Kihnu_vallavalitsus, lk 41
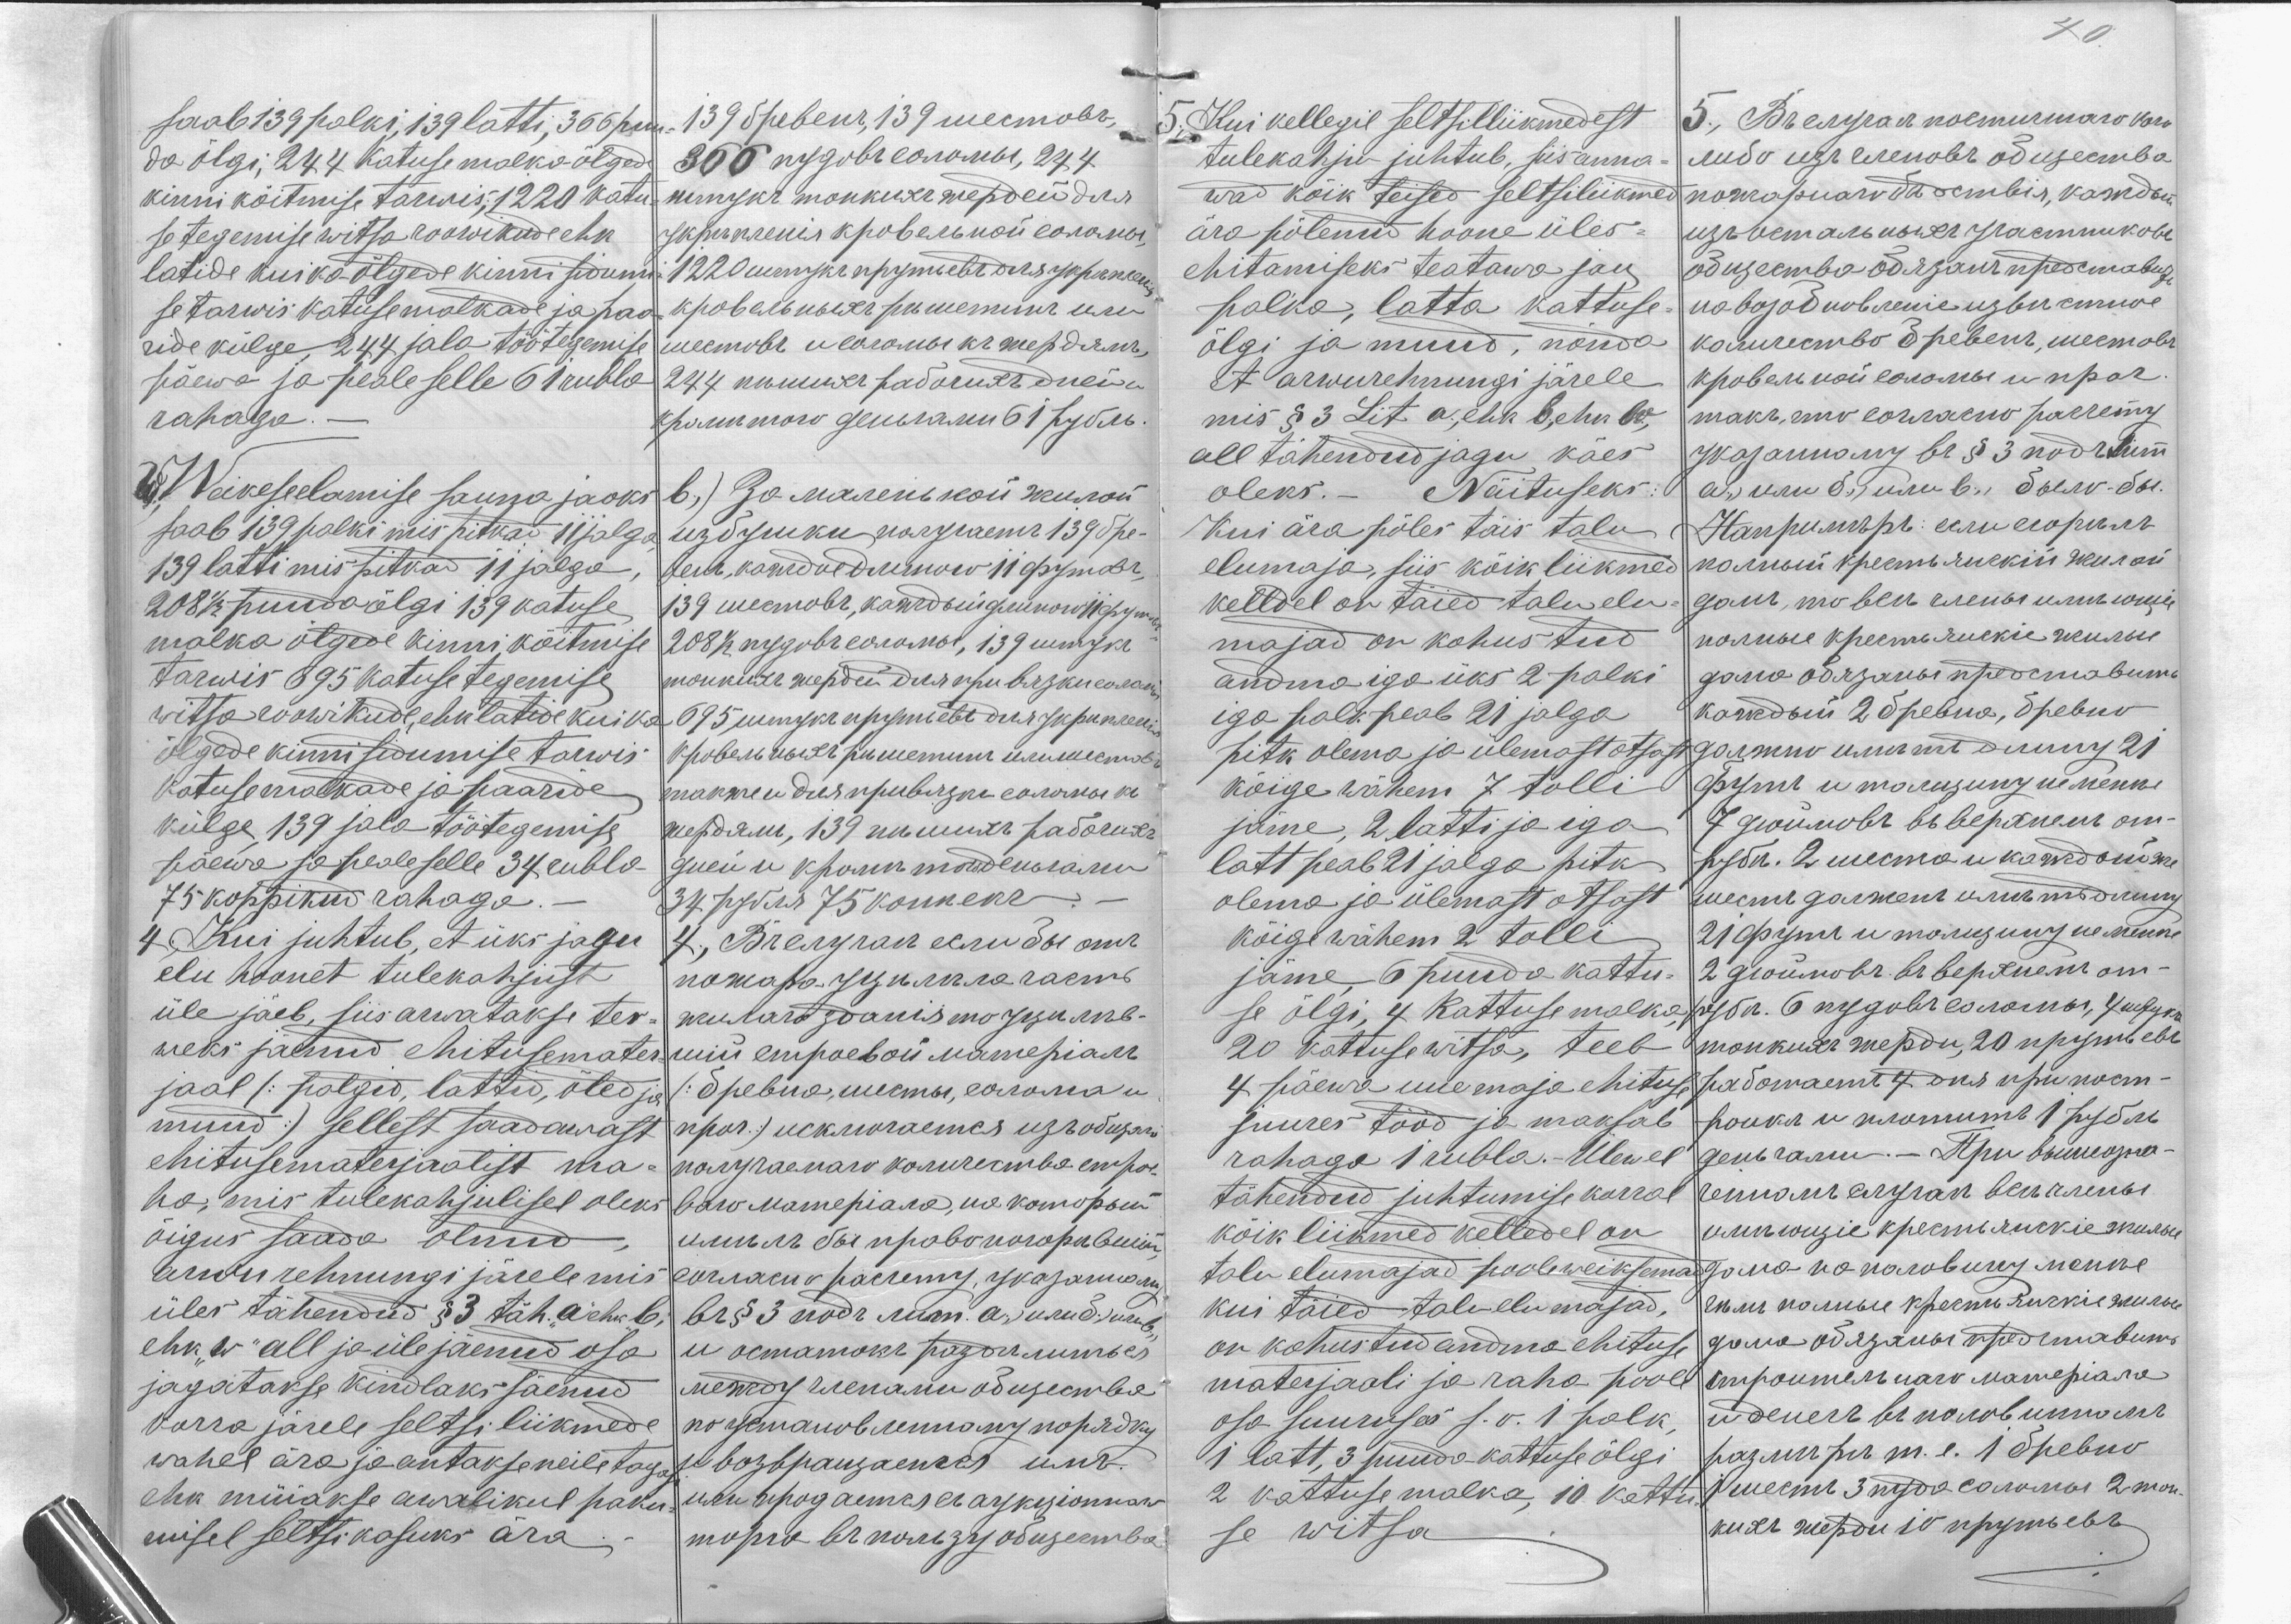
saab 139 palki, 139 latti, 366 pu
da õlgi, 244 katuse malka õlgede
kinni köitmise tarwis, 1220 katu-'
se tegemise witsa roowikude ehk
latide kui ka õlgede kinni sidum
se tarwis katuse malkade ja paa
ride külge, 244 jala töötegemise
päewa ja peale selle 61 rubla
rahaga.
W Weikese elamise sauna jaoks
saab 139 palki mis pitkad 11 jalga,
139 latti mis pitkad 11 jalga,
208 1/2 puuda õlgi 139 katuse
malka õlgede kinni köitmise
tarwis 695 katuse tegemise
witsa soowikude, ehk latide kui ka
õlgade kinnisidumise tarwis
katuse malkade ja paaride
külge, 139 jala töötegemise
päewa ja peale selle 34 rubla
75 koppikud rahaga.-
4; Kui juhtub, et üks jagu
elu hoonet tulekahjust
üle jäeb, siis arwatakse ter-
weks jäenud ehitusemater
jaal (:palgid, lattid, õled ja
muud:) sellest saadawast
ehitusematerjaalist ma-
ha, mis tulekahjulisel oleks
õigus saada olnud,
arwu rehnungi järele mis
üles tähendud § 3 täh. "a" ehk b,
ehk "w" all ja üle jäenud osa
jagatakse kindlaks säenud
korra järele seltsi liikmede
wahel ära ja antakse neile tagasi
ehk müiakse awalikul paku
misel seltsi kasuks ära.

40

5; Kui kellegil seltsiliikmedest
tulekahju juhtub, siis anna-
wad kõik teised seltsiliikmed
ära põlenud hoone üles-
ehitamiseks teatawa jau
palka, latta kattuse-
õlgi ja muud, nõnda
et arwurehnungi järele
mis § 3 Lit. a., ehk b., ehk w.,
all tähendud jagu käes
oleks.- Näituseks:
Kui ära põles täis talu
elumaja, siis kõik liikmed
kelldel on täied talu elu-
majad on kohustud
andma iga üks 2 palki
iga palk peab 21 jalga
pitk olema ja ülemast otsast
kõige wähem 7 tolli
jäme, 2 latti ja iga
latt peab 21 jalga pitk
olema ja ülemast otsast
kõige wähem 2 tolli
jäme, 6 puuda kattu-
se õlgi, 4 kattuse malka
20 kattuse witsa, teeb
4 päewa uue maja ehituse
juures tööd ja maksab
rahaga 1 rubla. Ülewel
tähendud juhtumise korral
kõik liikmed kelledel on
talu elumajad pooleweiksemad
kui täied talu elumajad,
on kohustud andma ehituse
materjaali ja raha poole
osa suuruses s.o. 1 palk,
1 latt, 3 puuda-kattuse õlgi
2 kattuse malka, 10 kattu-
se witsa